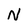
Character: N